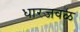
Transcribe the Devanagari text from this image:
धारजवळ